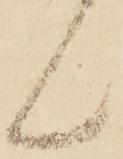
ん